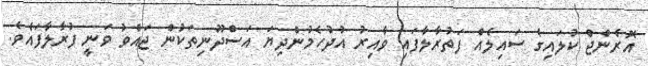
އޮރެންޖް ކުލައިގެ ސައިލެއް ފަތުރާލާފައި ވާއިރު އުދުހެމުންދިޔަ އަސްދޫނިތަކުން ޖައްވު ވަނީ ފުރާލާފައެވެ.